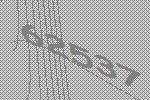
62537